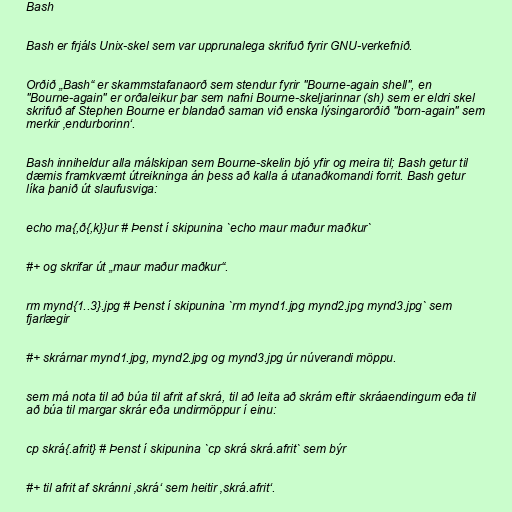
Bash

Bash er frjáls Unix-skel sem var upprunalega skrifuð fyrir GNU-verkefnið.

Orðið „Bash“ er skammstafanaorð sem stendur fyrir "Bourne-again shell", en
"Bourne-again" er orðaleikur þar sem nafni Bourne-skeljarinnar (sh) sem er eldri skel
skrifuð af Stephen Bourne er blandað saman við enska lýsingarorðið "born-again" sem
merkir ‚endurborinn‘.

Bash inniheldur alla málskipan sem Bourne-skelin bjó yfir og meira til; Bash getur til
dæmis framkvæmt útreikninga án þess að kalla á utanaðkomandi forrit. Bash getur
líka þanið út slaufusviga:

echo ma{,ð{,k}}ur # Þenst í skipunina `echo maur maður maðkur`

#+ og skrifar út „maur maður maðkur“.

rm mynd{1..3}.jpg # Þenst í skipunina `rm mynd1.jpg mynd2.jpg mynd3.jpg` sem
fjarlægir

#+ skrárnar mynd1.jpg, mynd2.jpg og mynd3.jpg úr núverandi möppu.

sem má nota til að búa til afrit af skrá, til að leita að skrám eftir skráaendingum eða til
að búa til margar skrár eða undirmöppur í einu:

cp skrá{.afrit} # Þenst í skipunina `cp skrá skrá.afrit` sem býr

#+ til afrit af skránni ‚skrá‘ sem heitir ‚skrá.afrit‘.